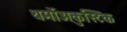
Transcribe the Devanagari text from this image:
थर्मोअकुस्टिक